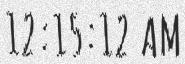
12:15:12 AM